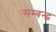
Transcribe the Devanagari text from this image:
सम्बन्द्ध